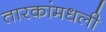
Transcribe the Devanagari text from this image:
तारकांमधली